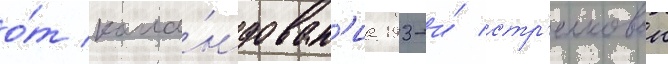
о́т кома́ндован'иа 193-и́ стр'елковои